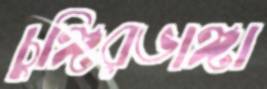
চুঙ্গিরভাঙ্গা